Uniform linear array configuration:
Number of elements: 4
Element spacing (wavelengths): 1
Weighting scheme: hamming
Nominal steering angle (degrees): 15
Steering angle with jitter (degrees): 14.479
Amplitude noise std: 0.05
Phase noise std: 0.05

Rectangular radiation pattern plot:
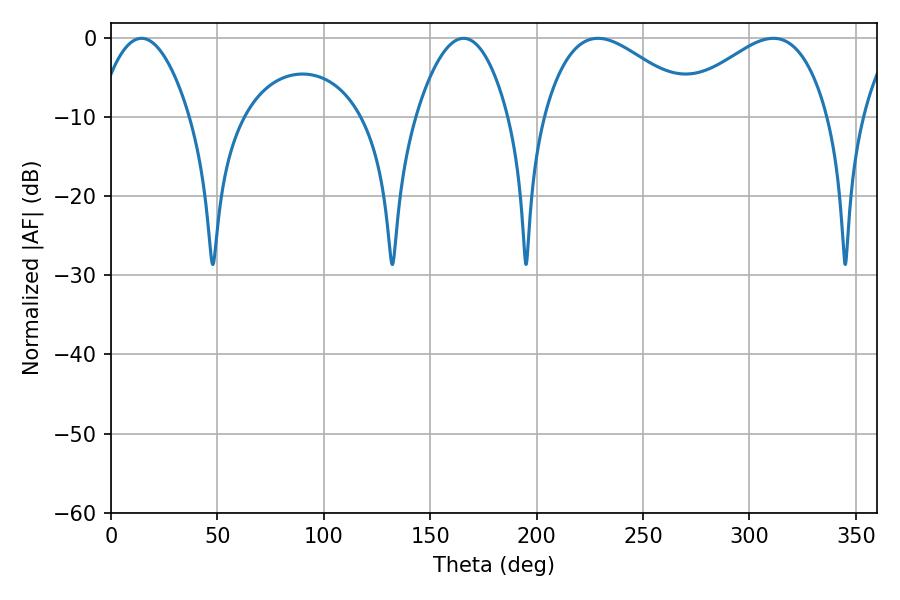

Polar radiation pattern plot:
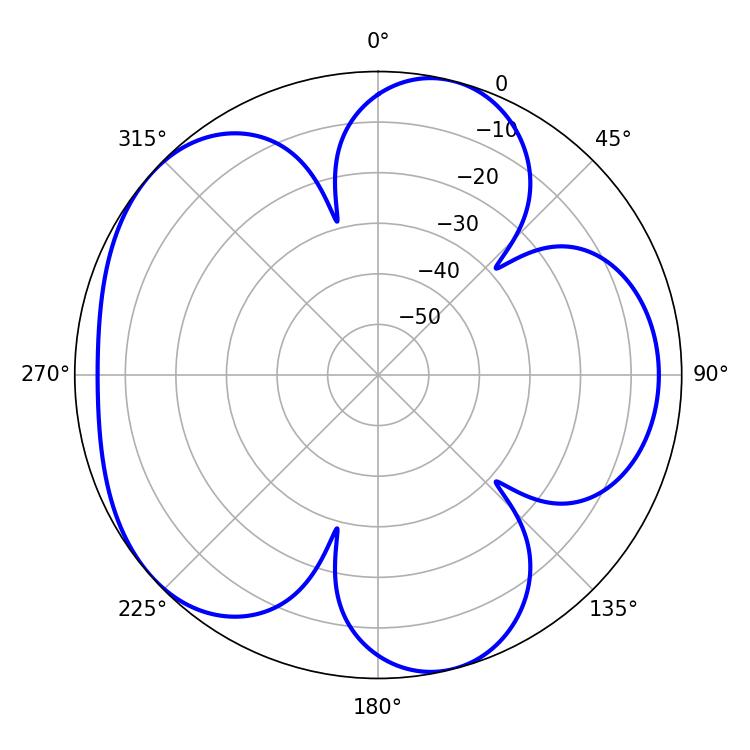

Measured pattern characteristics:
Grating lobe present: TRUE
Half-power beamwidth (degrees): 39.06
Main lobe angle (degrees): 228.78